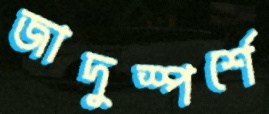
জাদুস্পর্শে